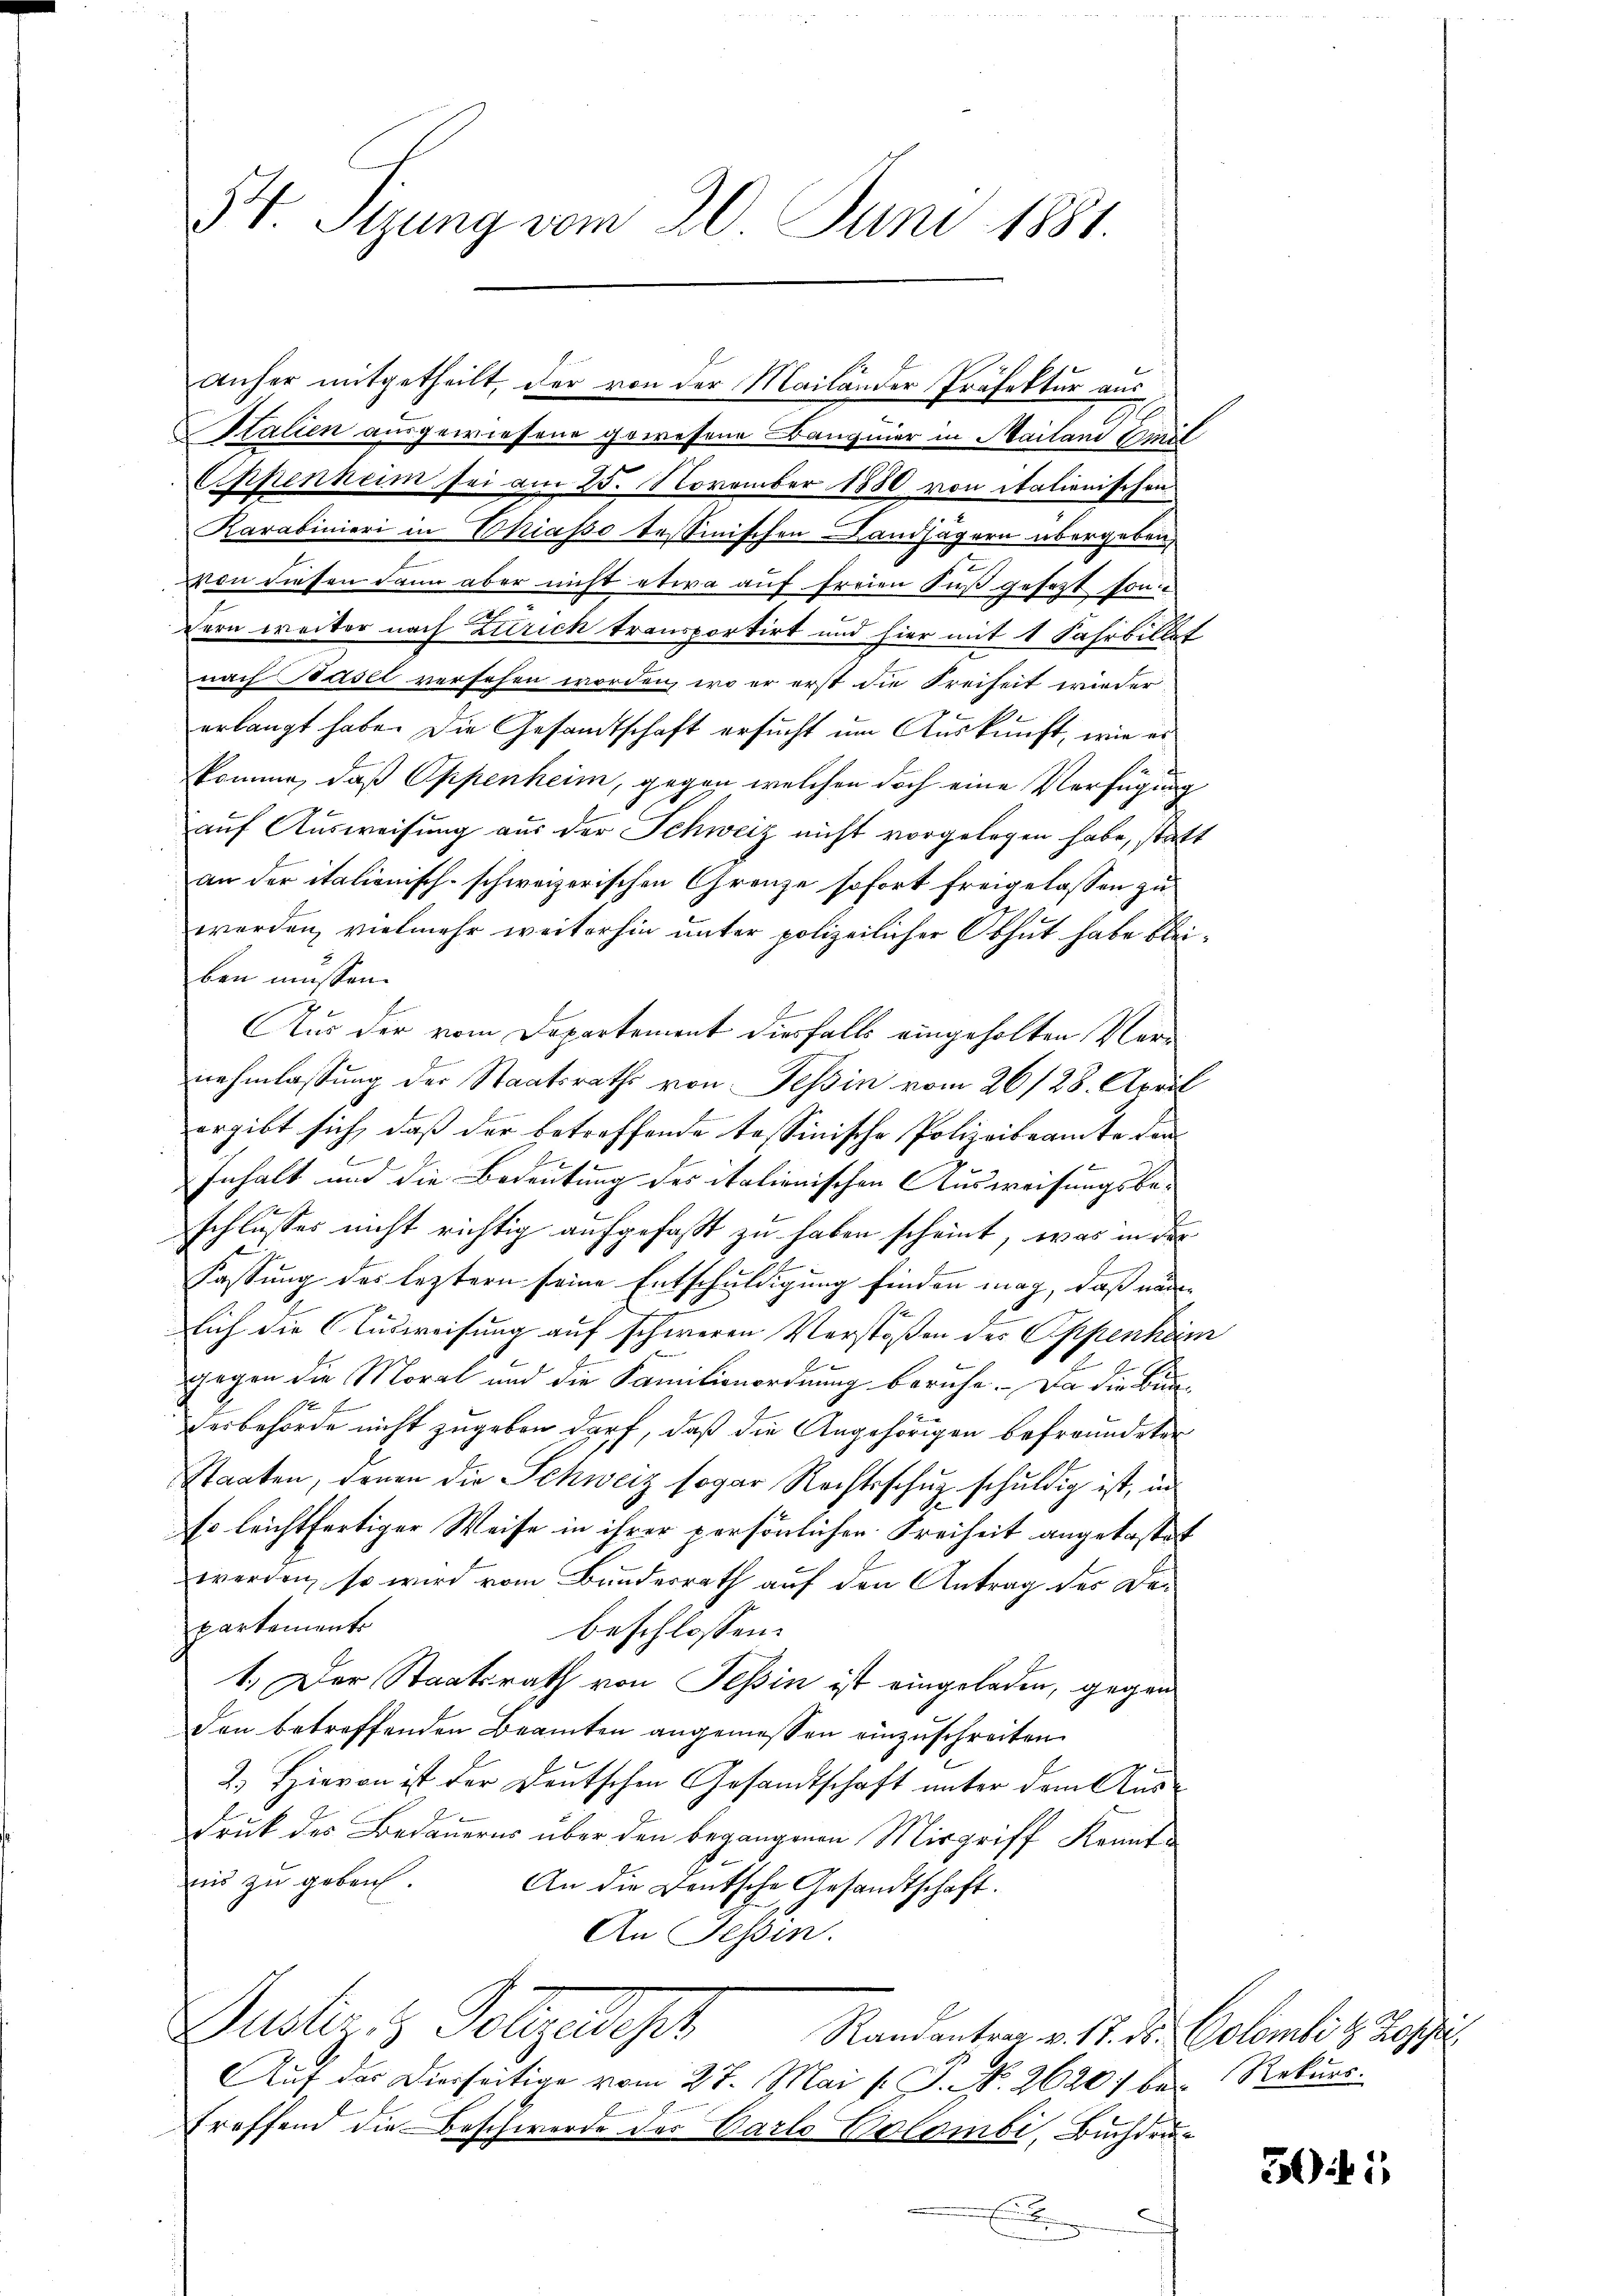
54. Stung vom 20. Juni 1881.

Italien ausgewiesene gewesene Banquier in Mailand Emil
Eppenheim sei am 25. November 1880 von italienischen
Karabinieri in Chiasso Tessinischen Landjägern übergeben,
2
t
von diesen dann aber nicht etwa auf freien Fuß gefast sonzern weiter nach Zürich transportirt und hier mit 1 Fahrbillet
nach Basel versehen worden, wo er erst die Freiheit wieder
erlangt habe. Die Gesandtschaft ersucht um Auskunft, wie es
komme, daß Oppenheim, gegen welchen doch eine Verfügung
auf Ausweisung aus der Schweiz nicht vorgelegen habe, statt
an der italionisch-schweizerischen Grenze sofort freigelassen zu
werden, vielmehr weiterhin unter polizeilicher Obhut habe bleiben müssen.
Aus der vom Departement diesfalls eingeholten Vernehmlassung der Staatsraths von Tessin vom 26/28. April
ergibt sich, daß der betreffende Tessinische Polizeibeamte dan
Inhalt und die Bedeutung des italienischen Ausweisungsbeschlusses nicht richtig aufgefaßt zu haben scheint, was in der
Fassung des leztern seine Entschuldigung finden mag, daß nun
lich die Ausweisung auf schweren Verstößen des Oppenheim
1
gegen die Moral und die Familienordnung beruhe. Da die Bun¬
No 7.
desbehörde nicht zugeben darf, daß die Angehörigen befreundeten
Staaten, denen die Schweiz sogar Rechtsschuz schuldig ist, in
so leichtfertiger Weise in ihrer persönlichen Freiheit angekostet
werden, so wird vom Bundesrath auf den Antrag des Departements
beschlossen:
1.) Der Staatsrath von Tessin ist eingeladen, gegen
den betreffenden Beamten angemessen einzuschreiten.
2.) Hievon ist der Deutschen Gesandtschaft unter dem Aus¬
Druk des Bedauerns über den begangenen Misgriff Kenntnis zu geben.
An die Deutsche Gesandtschaft.
An Tessin.
Justiz & Polizeipr
Randantrag v. 17. Dr. Colombi & Kos
Auf das Dierseitige vom 27. Mai [ P. NNo. 26207 bei Rekurs.
treffend die Beschwerde der Varlo Polombi, Buchdruc

anher mitgetheilt, der von der Mailänder Präfektur aus

3